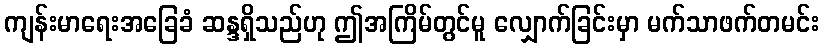
ကျန်းမာရေးအခြေခံ ဆန္ဒရှိသည်ဟု ဤအကြိမ်တွင်မူ လျှောက်ခြင်းမှာ မက်သာဖက်တမင်း